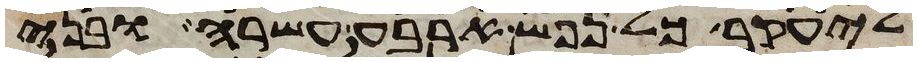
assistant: ליעקב כל נפש ארבע עשרה ובני